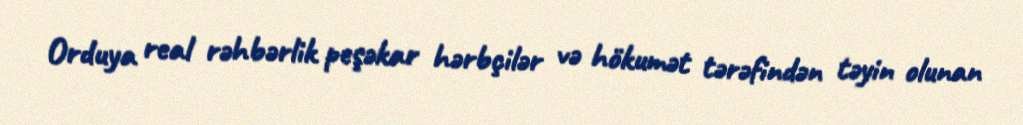
Orduya real rəhbərlik peşəkar hərbçilər və hökumət tərəfindən təyin olunan